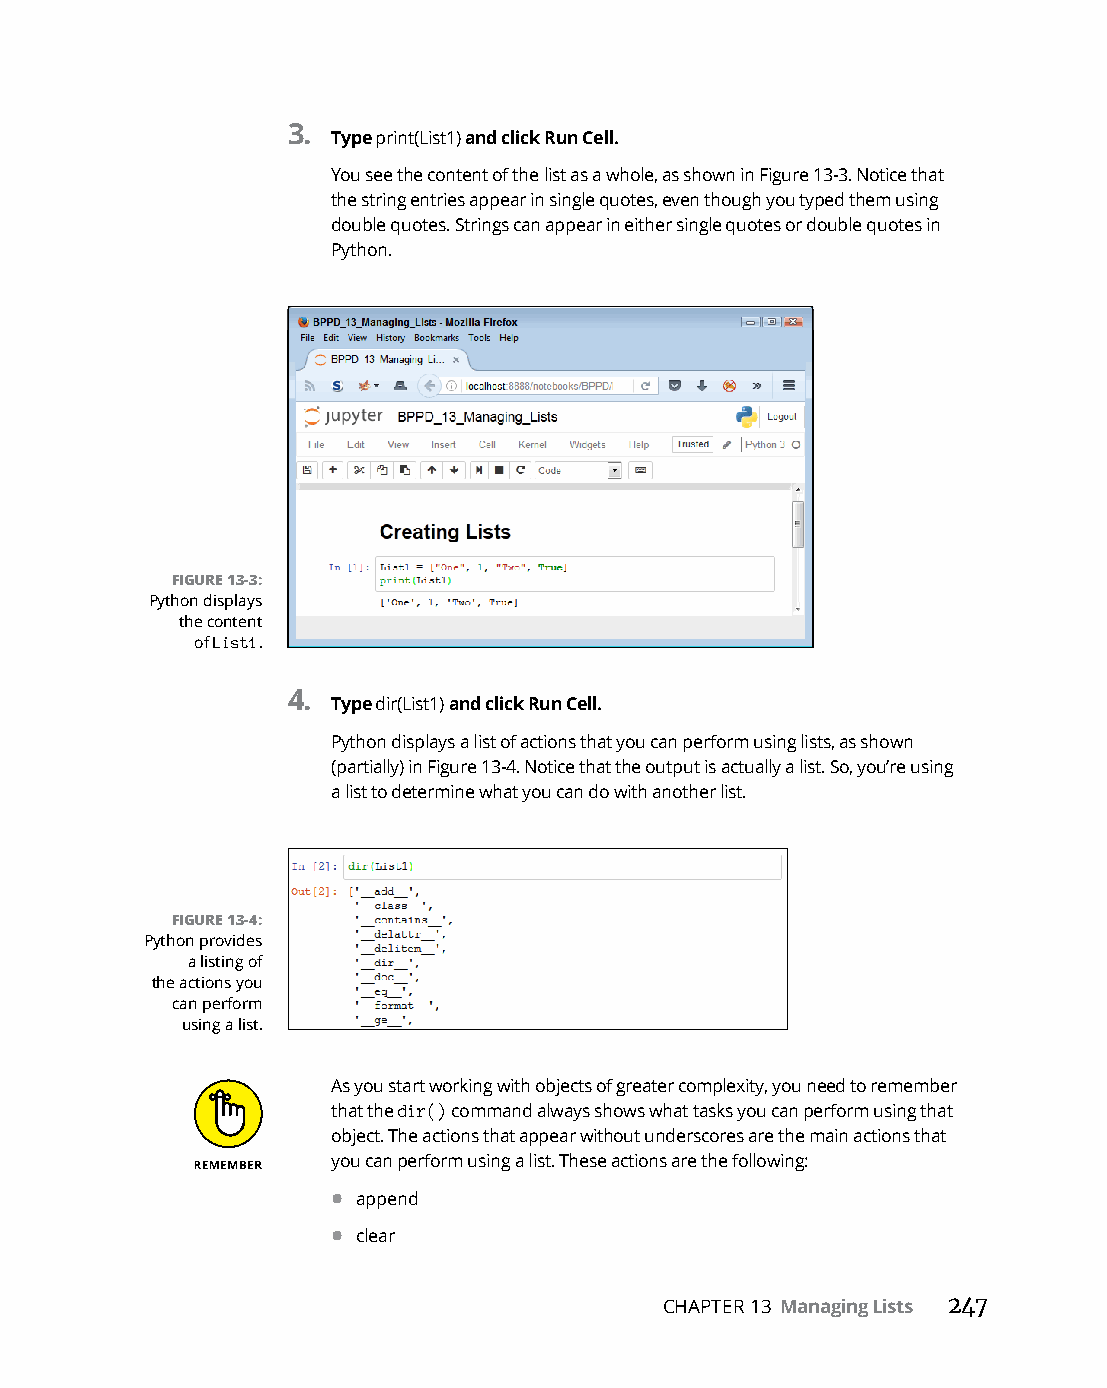
3.
 Type print(List1) and click Run Cell.
 You see the content of the list as a whole, as shown in Figure 13-3. Notice that
 the string entries appear in single quotes, even though you typed them using
 double quotes. Strings can appear in either single quotes or double quotes in
 Python.
 FIGURE 13-3:
 Python displays
 the content
 of List1.
 4.
 Type dir(List1) and click Run Cell.
 Python displays a list of actions that you can perform using lists, as shown
 (partially) in Figure 13-4. Notice that the output is actually a list. So, you’re using
 a list to determine what you can do with another list.
 FIGURE 13-4:
 Python provides
 a listing of
 the actions you
 can perform
 using a list.
 As you start working with objects of greater complexity, you need to remember
 that the dir() command always shows what tasks you can perform using that
 object. The actions that appear without underscores are the main actions that
 you can perform using a list. These actions are the following:
 • append
 • clear
 CHAPTER 13 Managing Lists 247